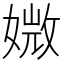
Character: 媺